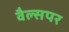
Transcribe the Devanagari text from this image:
वैल्सपर